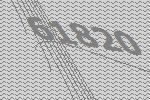
61820